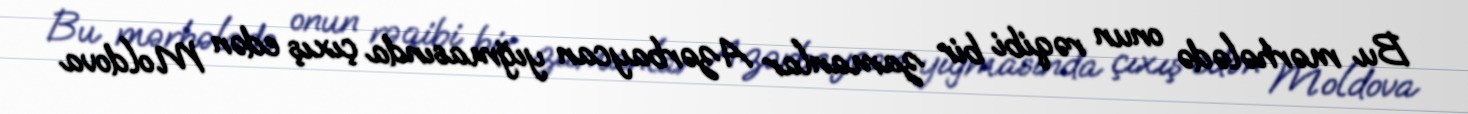
Bu mərhələdə onun rəqibi bir zamanlar Azərbaycan yığmasında çıxış edən Moldova